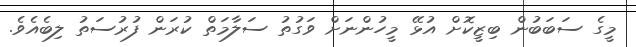
މީގެ ސަބަބުން ބިޒީކޮށް އުޅޭ މީހުންނަށް ވަގުތު ސަލާމަތް ކުރަން ފުރުސަތު ލިބެއެވެ.